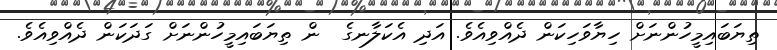
ތިޔަބައިމީހުންނަށް ހިޔާވަހިކަން ދެއްވިއެވެ. އަދި އެކަލާނގެ  ން ތިޔަބައިމީހުންނަށް ގަދަކަން ދެއްވިއެވެ.